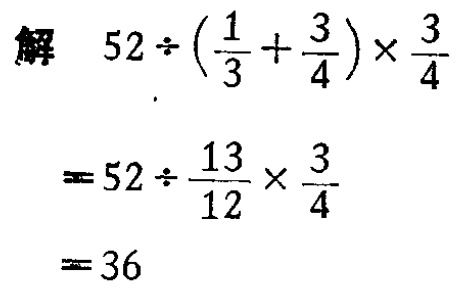
解

\[

\begin{align*}

&52\div(\frac{1}{3}+\frac{3}{4})\times\frac{3}{4}\\

=&52\div\frac{13}{12}\times\frac{3}{4}\\

=&36

\end{align*}

\]